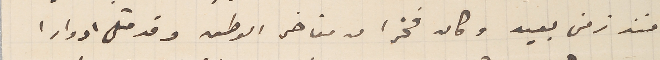
منذ زمن بعيد وكان فخرا من مفاخر الوطن وقد مثل ادوارا